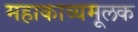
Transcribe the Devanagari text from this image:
महाकाव्यमूलक